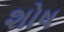
શોષ